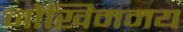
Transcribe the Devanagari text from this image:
जोखिममय